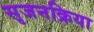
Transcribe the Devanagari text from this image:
सृजनक्रिया